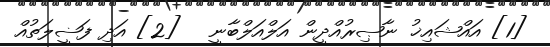
[1] އައްޝައިޚު ނާޞިރުއްދީން އަލްއަލްބާނީ   [2] އަދި ފަޟީލަތުއް